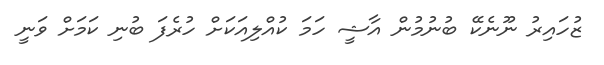
ޒުހައިރު ނޫނެކޭ ބުނުމުން އާޝީ ހަމަ ކުއްލިއަކަށް ހުރެފަ ބުނި ކަމަށް ވަނީ